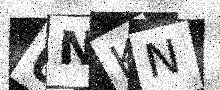
Text: 0NKN